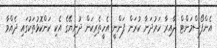
އެންފޯސްމަންޓް ދާއިރާ ހަރުދަނާ ކުރަން ފަންނީ އެހީތެރިކަން ދުނިޔޭގެ އެކި ކަންކޮޅުތަކުގައި ދެއްވާ